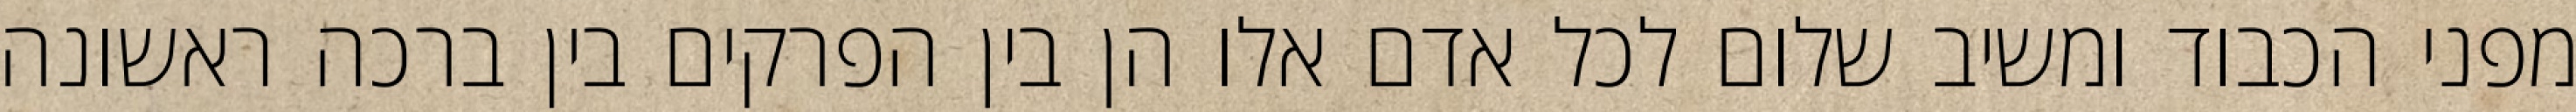
מפני הכבוד ומשיב שלום לכל אדם אלו הן בין הפרקים בין ברכה ראשונה